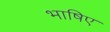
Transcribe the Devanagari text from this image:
भाषिए